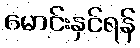
မောင်းနှင်ရန်